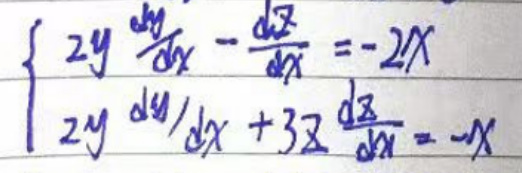
\begin{cases}
2y\frac{dy}{dx}-\frac{d^{2}z}{dx^{2}}=-2x\\
2y\frac{dy}{dx}+3z\frac{dz}{dx}=-x
\end{cases}